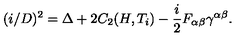
( i \slash D ) ^ { 2 } = \Delta + 2 C _ { 2 } ( H , T _ { i } ) - { \frac { i } { 2 } } F _ { \alpha \beta } \gamma ^ { \alpha \beta } .